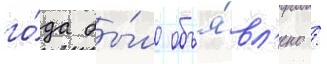
го́да бы́ло объя́вл'ено /